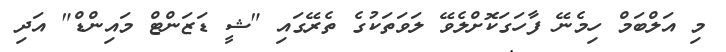
މި އަލްބަމް ހިމެނޭ ފާހަގަކޮށްލެވޭ ލަވަތަކުގެ ތެރޭގައި "ޝީ ޑަޒަންޓް މައިންޑް" އަދި